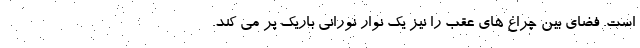
است. فضای بین چراغ های عقب را نیز یک نوار نورانی باریک پر می کند.